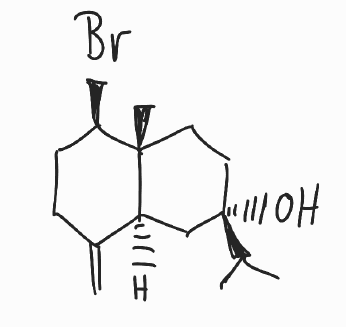
Simplified molecular-input line-entry system (SMILES) notation of the given molecule:
CC(C)[C@@]1(CC[C@]2([C@@H](CCC(=C)[C@@H]2C1)Br)C)O